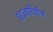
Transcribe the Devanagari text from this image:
घटनाविहीन